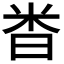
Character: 𫂵